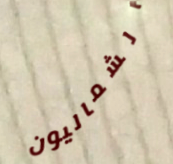
الشماليون